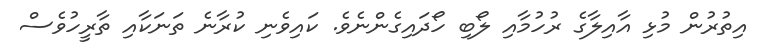
އިތުރުން މުޅި އާއިލާގެ ރުހުމާއި ލޯބި ހޯދައިގެންނެވެ. ކައިވެނި ކުރާނެ ތަނަކާއި ތާރީހުވެސް